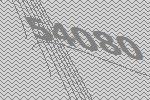
54080